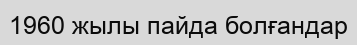
1960 жылы пайда болғандар